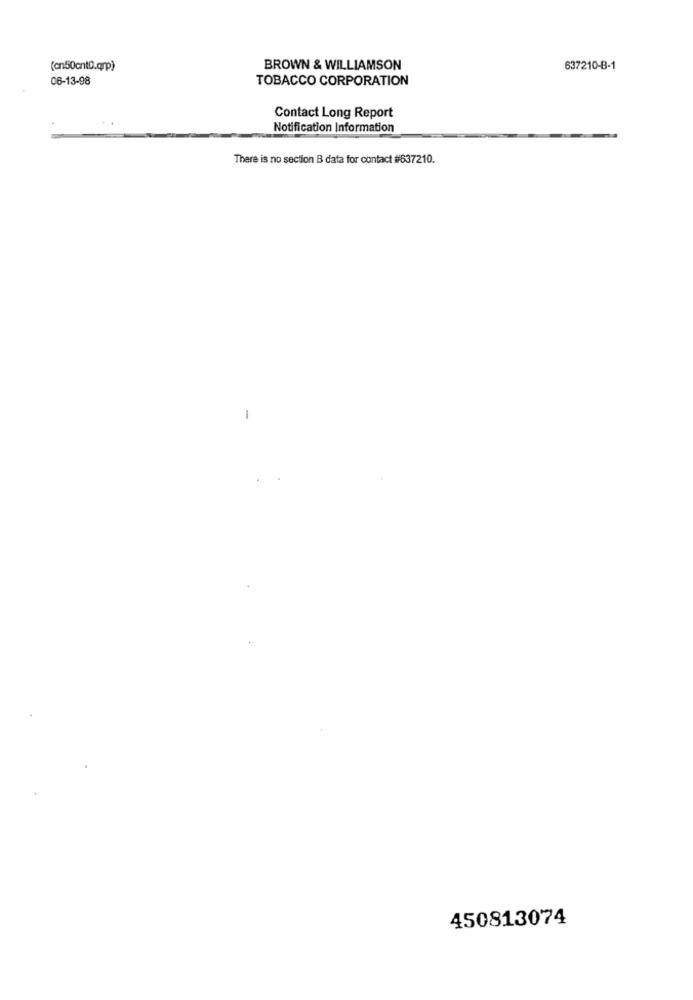
(cn50cntD.qrp)
BROWN & WILLIAMSON
637210-B-1
06-13-98
TOBACCO CORPORATION
Contact Long Report
Notification Information
There is no section B data for contact #637210.
-
450813074